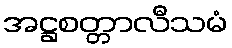
အဋ္ဌစတ္တာလီသမံ